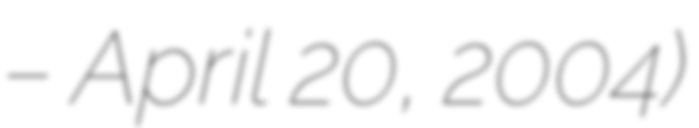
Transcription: – April 20, 2004)